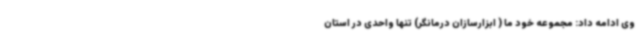
وی ادامه داد: مجموعه خود ما ( ابزارسازان درمانگر) تنها واحدی در استان